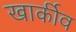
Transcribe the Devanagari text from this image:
खार्कीव